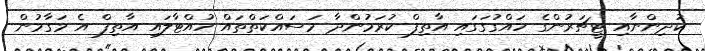
ކުދިންނާއި ޓީޗަރުންގެ ހައްގުގަގައި އާތިފް ކުރަމުންދާ މަސައްކަތްތައް ހުއްޓާލައި އާތިފް އެ މަގާމުން